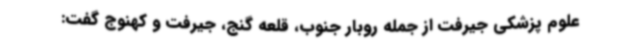
علوم پزشکی جیرفت از جمله روبار جنوب، قلعه گنج، جیرفت و کهنوج گفت: